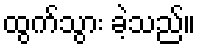
ထွက်သွား ခဲ့သည်။